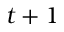
t + 1